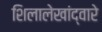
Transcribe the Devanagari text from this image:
शिलालेखांद्वारे